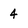
Character: 4